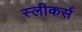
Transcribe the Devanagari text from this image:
स्लीकर्स